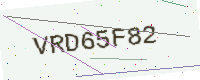
Text: VRD65F82